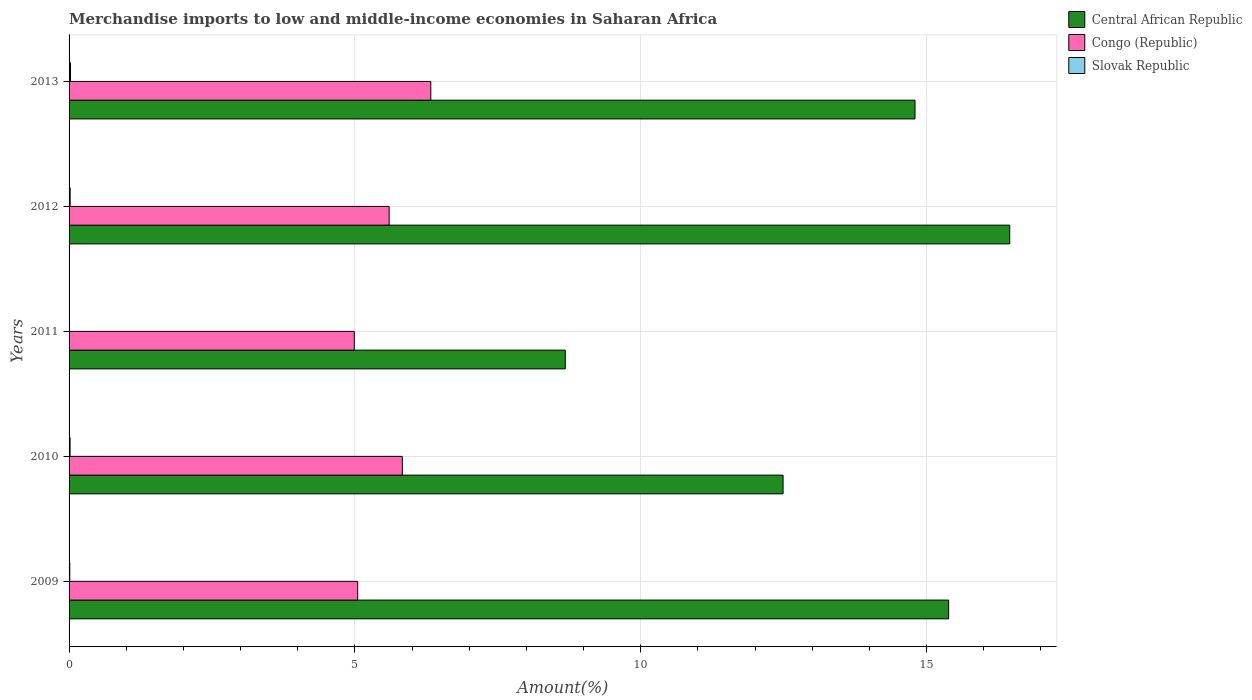
| Years | Central African Republic | Congo (Republic) | Slovak Republic |
 | --- | --- | --- | --- |
 | 2009 | 15.4 | 5.05 | 0.0126 |
 | 2010 | 12.5 | 5.83 | 0.018 |
 | 2011 | 8.68 | 4.99 | 0.00572 |
 | 2012 | 16.5 | 5.6 | 0.019 |
 | 2013 | 14.8 | 6.33 | 0.0253 |